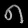
Digit: ၈